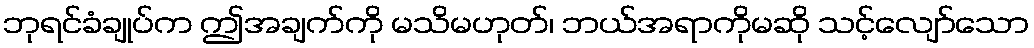
ဘုရင်ခံချုပ်က ဤအချက်ကို မသိမဟုတ်၊ ဘယ်အရာကိုမဆို သင့်လျော်သော